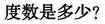
的度数是多少?